Vaccine operations Central Provinces 1868-1885 - 1868-1885
Year: 1868
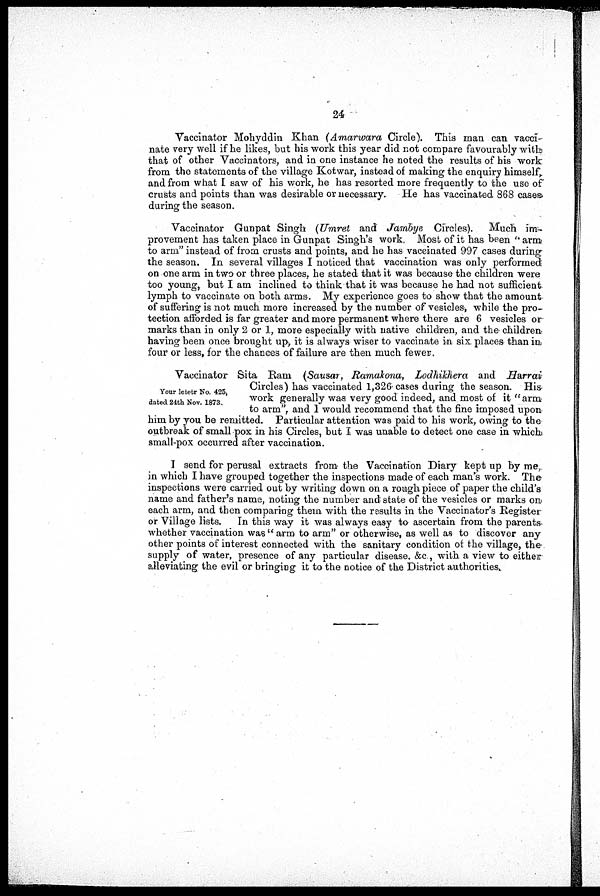
24
Vaccinator Mohyddin Khan (Amarwara Circle). This man can vacci-
nate very well if he likes, but his work this year did not compare favourably with
that of other Vaccinators, and in one instance he noted the results of his work
from the statements of the village Kotwar, instead of making the enquiry himself,
and from what I saw of his work, he has resorted more frequently to the use of
crusts and points than was desirable or necessary. He has vaccinated 868 cases
during the season.
Vaccinator Gunpat Singh (Umret and Jarnbye Circles). Much im-
provement has taken place in Gunpat Singh's work. Most of it has been " arm
to arm" instead of from crusts and points, and he has vaccinated 997 cases during
the season. In several villages I noticed that vaccination was only performed
on one arm in two or three places, he stated that it was because the children were
too young but I am inclined to think that it was because he had not sufficient
lymph to vaccinate on both arms. My experience goes to show that the amount
of suffering is not much more increased by the number of vesicles, while the pro-
tection afforded is far greater and more permanent where there are 6 vesicles or
marks than in only 2 or 1, more especially with native children, and the children
having been once brought up, it is always wiser to vaccinate in six places than in
four or less, for the chances of failure are then much fewer.
Your letetr No. 425,
dated 24th Nov. 1873.
Vaccinator Sita Ram (Sausar, Ramakona, Lodhikhera and Harrai
Circles) has vaccinated 1,326 cases during the season. His-
work generally was very good indeed, and most of it " arm
to arm", and I would recommend that the fine imposed upon
him by you be remitted. Particular attention was paid to his work, owing to the
outbreak of small pox in his Circles, but I was unable to detect one case in which
small-pox occurred after vaccination.
I send for perusal extracts from the Vaccination Diary kept up by me,
in which I have grouped together the inspections made of each man's work. The
inspections were carried out by writing down on a rough piece of paper the child's
name and father's name, noting the number and state of the vesicles or marks on
each arm, and then comparing them with the results in the Vaccinator's Register
or Village lists. In this way it was always easy to ascertain from the parents
whether vaccination was" arm to arm" or otherwise, as well as to discover any
other points of interest connected with the sanitary condition of the village, the
supply of water, presence of any particular disease. &c , with a view to either
alleviating the evil or bringing it to the notice of the District authorities.